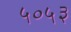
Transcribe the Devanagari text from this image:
५०५३